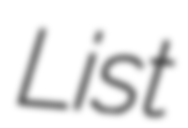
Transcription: List